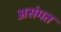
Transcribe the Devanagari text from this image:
असंमत